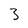
Character: 3